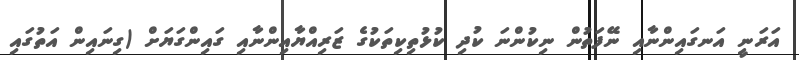
އަރަނީ އަނގައިންނާއި ނޭފަތުން ނިކުންނަ ކުދި ކުޅުތިކިތަކުގެ ޒަރިއްޔާއިންނާއި ގައިންގަޔަށް (ގިނައިން އަތުގައި